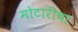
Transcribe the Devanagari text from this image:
मोटारीचा